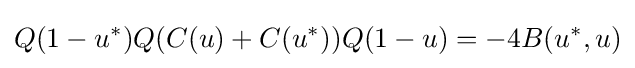
\displaystyle {Q(1-u^{*})Q(C(u)+C(u^{*}))Q(1-u)=-4B(u^{*},u)}